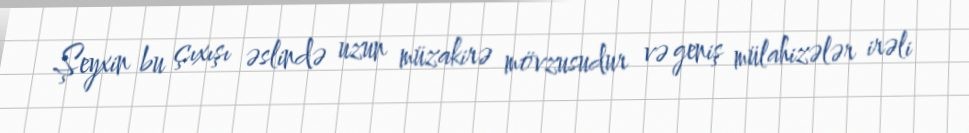
Şeyxin bu çıxışı əslində uzun müzakirə mövzusudur və geniş mülahizələr irəli